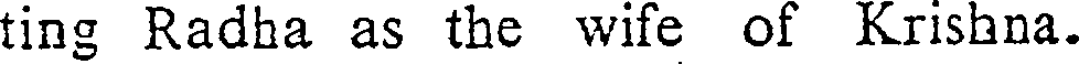
ting Radha as the wife of Krishna.